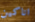
اناكين